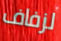
لزفاف